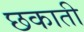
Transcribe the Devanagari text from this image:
छकाती